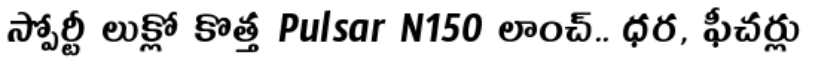
స్పోర్టీ లుక్లో కొత్త Pulsar N150 లాంచ్.. ధర, ఫీచర్లు